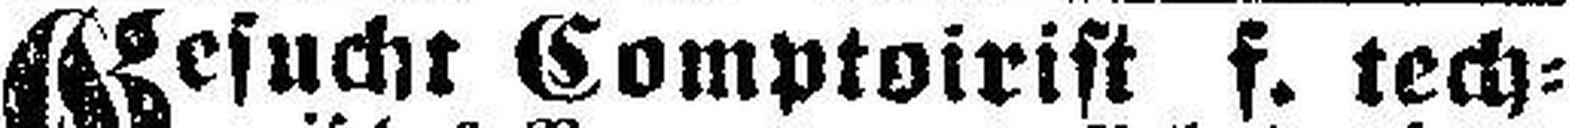
Gesucht Comptoirist f. tech¬